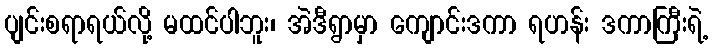
ပျင်းစရာရယ်လို့ မထင်ပါဘူး၊ အဲဒီရွာမှာ ကျောင်းဒကာ ရဟန်း ဒကာကြီးရဲ့